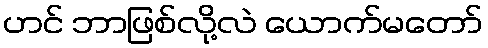
ဟင် ဘာဖြစ်လို့လဲ ယောက်မတော်